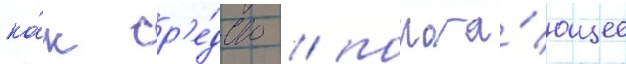
ка́к ср'е́дство / помога́ющее